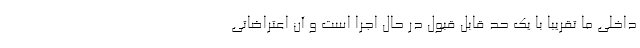
داخلی ما تقریبا با یک حد قابل قبول در حال اجرا است و آن اعتراضاتی